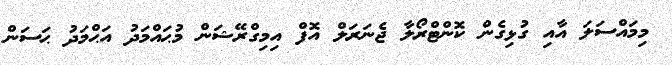
މިމައްސަލަ އާއި ގުޅިގެން ކޮންޓްރޯލާ ޖެނަރަލް އޮފް އިމިގްރޭޝަން މުޙައްމަދު އަޙްމަދު ޙަސަން